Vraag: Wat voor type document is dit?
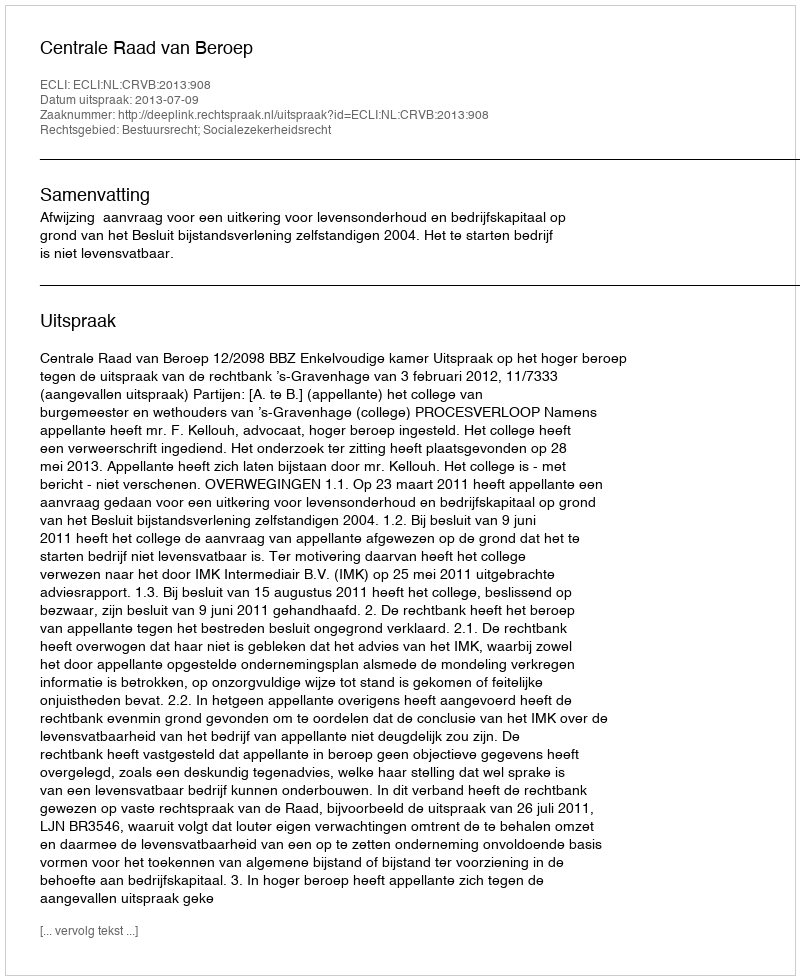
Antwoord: Uitspraak